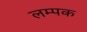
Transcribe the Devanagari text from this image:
लम्पक